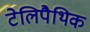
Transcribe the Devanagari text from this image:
टेलिपैथिक